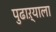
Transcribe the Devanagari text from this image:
पुढाऱ्याला